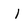
Character: I